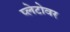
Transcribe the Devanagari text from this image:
प्लेटोवर